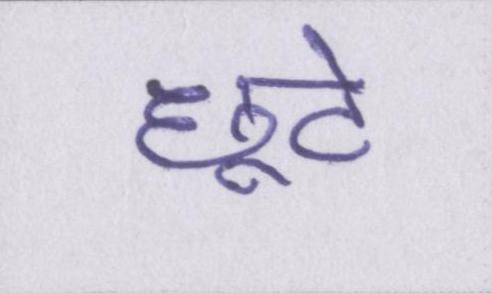
छूटे